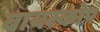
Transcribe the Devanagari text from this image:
बायस्कोप